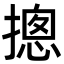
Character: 摠